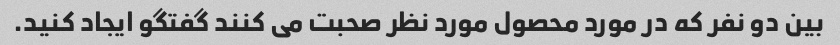
بین دو نفر که در مورد محصول مورد نظر صحبت می کنند گفتگو ایجاد کنید.